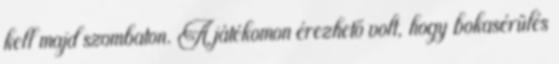
kell majd szombaton. A játékomon érezhető volt, hogy bokasérülés